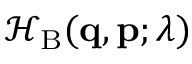
\mathcal { H } _ { \mathrm { B } } ( \mathbf { q } , \mathbf { p } ; \lambda )